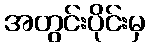
အတွင်းပိုင်းမှ